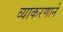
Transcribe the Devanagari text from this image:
व्याकरणाने